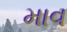
માવ